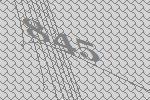
845